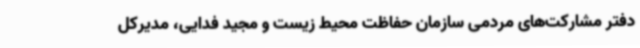
دفتر مشارکت‌های مردمی سازمان حفاظت محیط زیست و مجید فدایی، مدیرکل